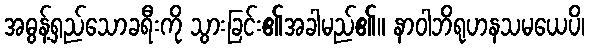
အဓွန့်ရှည်သောခရီးကို သွားခြင်း၏အခါမည်၏။ နာဝါဘိရုဟနသမယေပိ၊